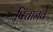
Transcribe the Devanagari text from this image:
पिचानवे